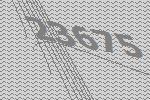
23675